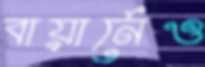
বায়ার্নেও